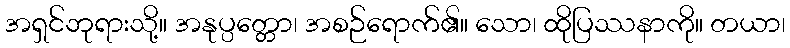
အရှင်ဘုရားသို့။ အနုပ္ပတ္တော၊ အစဉ်ရောက်၏။ သော၊ ထိုပြဿနာကို။ တယာ၊